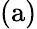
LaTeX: \mathrm{(a)}